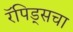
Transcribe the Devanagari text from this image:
रॅपिड्सचा